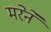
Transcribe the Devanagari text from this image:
मरेने